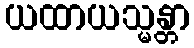
ယထာယသ္မန္တာ